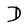
Character: D